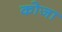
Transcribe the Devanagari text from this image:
कोजा